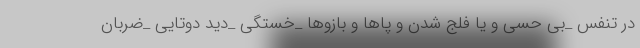
در تنفس _بی حسی و یا فلج شدن و پاها و بازوها _خستگی _دید دوتایی _ضربان